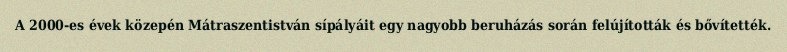
A 2000-es évek közepén Mátraszentistván sípályáit egy nagyobb beruházás során felújították és bővítették.